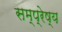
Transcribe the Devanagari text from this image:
सम्प्रेष्य